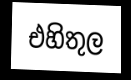
එහිතුල